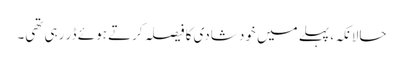
حالانکہ، پہلے میں خود شادی کا فیصلہ کرتے ہوئے ڈر رہی تھی۔